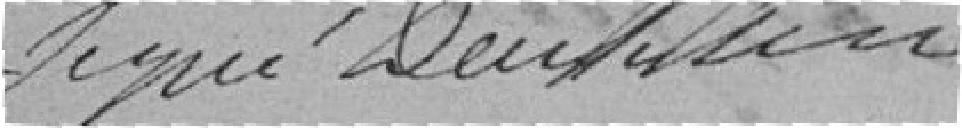
Signé : Denkeller